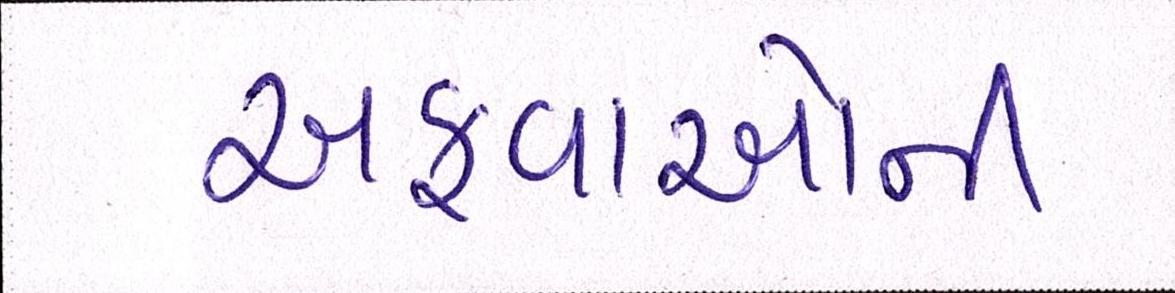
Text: અફવાઓની